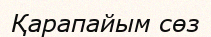
Қарапайым сөз